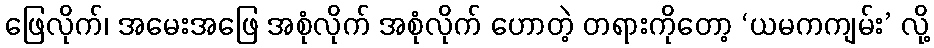
ဖြေလိုက်၊ အမေးအဖြေ အစုံလိုက် အစုံလိုက် ဟောတဲ့ တရားကိုတော့ ‘ယမကကျမ်း’ လို့